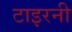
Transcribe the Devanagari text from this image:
टाइरनी